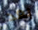
بعد